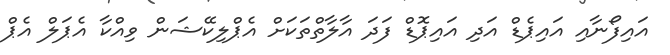
އައިފޯނާއި އައިޕެޑް އަދި އައިޕޮޑް ފަދަ އާލާތްތަކަށް އެޕްލިކޭޝަން ވިއްކާ އެޕަލް އެޕް